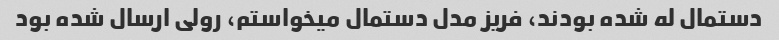
دستمال له شده بودند، فریز مدل دستمال میخواستم، رولی ارسال شده بود